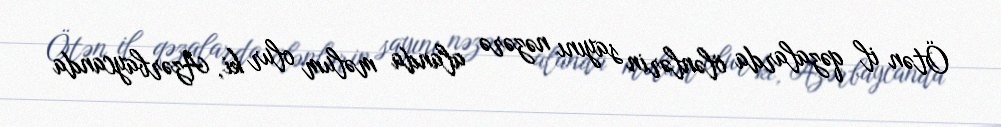
Ötən il qəzalarda ölənlərin sayını nəzərə alanda məlum olur ki, Azərbaycanda